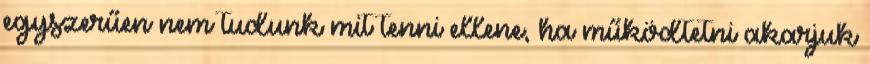
egyszerűen nem tudunk mit tenni ellene, ha működtetni akarjuk